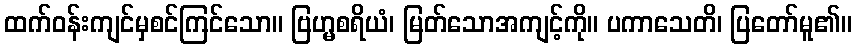
ထက်ဝန်းကျင်မှစင်ကြင်သော။ ဗြဟ္မစရိယံ၊ မြတ်သောအကျင့်ကို။ ပကာသေတိ၊ ပြတော်မူ၏။